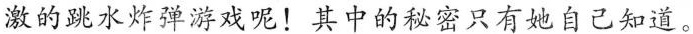
激的跳水炸弹游戏呢！其中的秘密只有她自己知道。